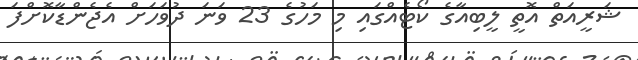
ޝަރީއަތް އޮތީ ލީބިއާގެ ކޯޓެއްގައި މި މަހުގެ 23 ވަނަ ދުވަހަށް އެޖެންޑާކޮށްފަ